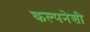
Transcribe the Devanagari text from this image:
कल्पनेशी